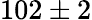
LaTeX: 102\pm 2